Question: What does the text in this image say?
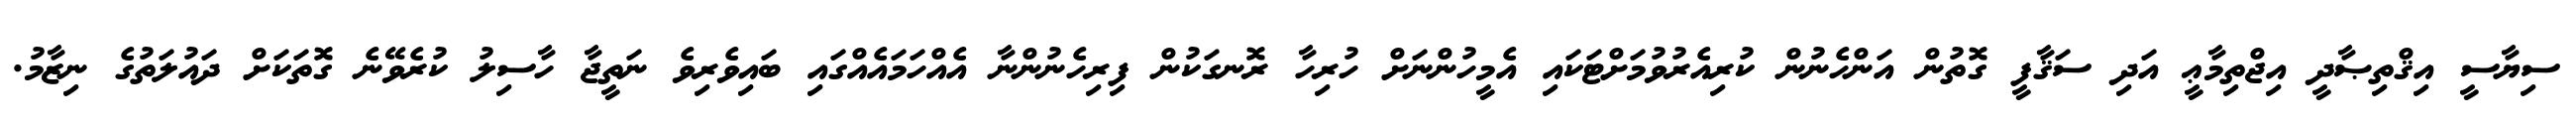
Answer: ސިޔާސީ އިޤްތިޞާދީ އިޖްތިމާޢީ އަދި ސަޤާފީ ގޮތުން އަންހެނުން ކުރިއެރުވުމަށްޓަކައި އެމީހުންނަށް ހުރިހާ ރޮނގަކުން ފިރިހެނުންނާ އެއްހަމައެއްގައި ބައިވެރިވެ ނަތީޖާ ހާސިލު ކުރެވޭނެ ގޮތަކަށް ދައުލަތުގެ ނިޒާމު.